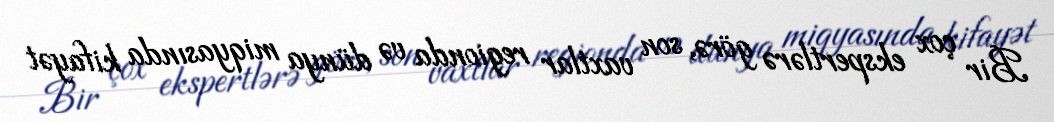
Bir çox ekspertlərə görə, son vaxtlar regionda və dünya miqyasında kifayət